Leningradi_Edasi_toimetus, lk 206
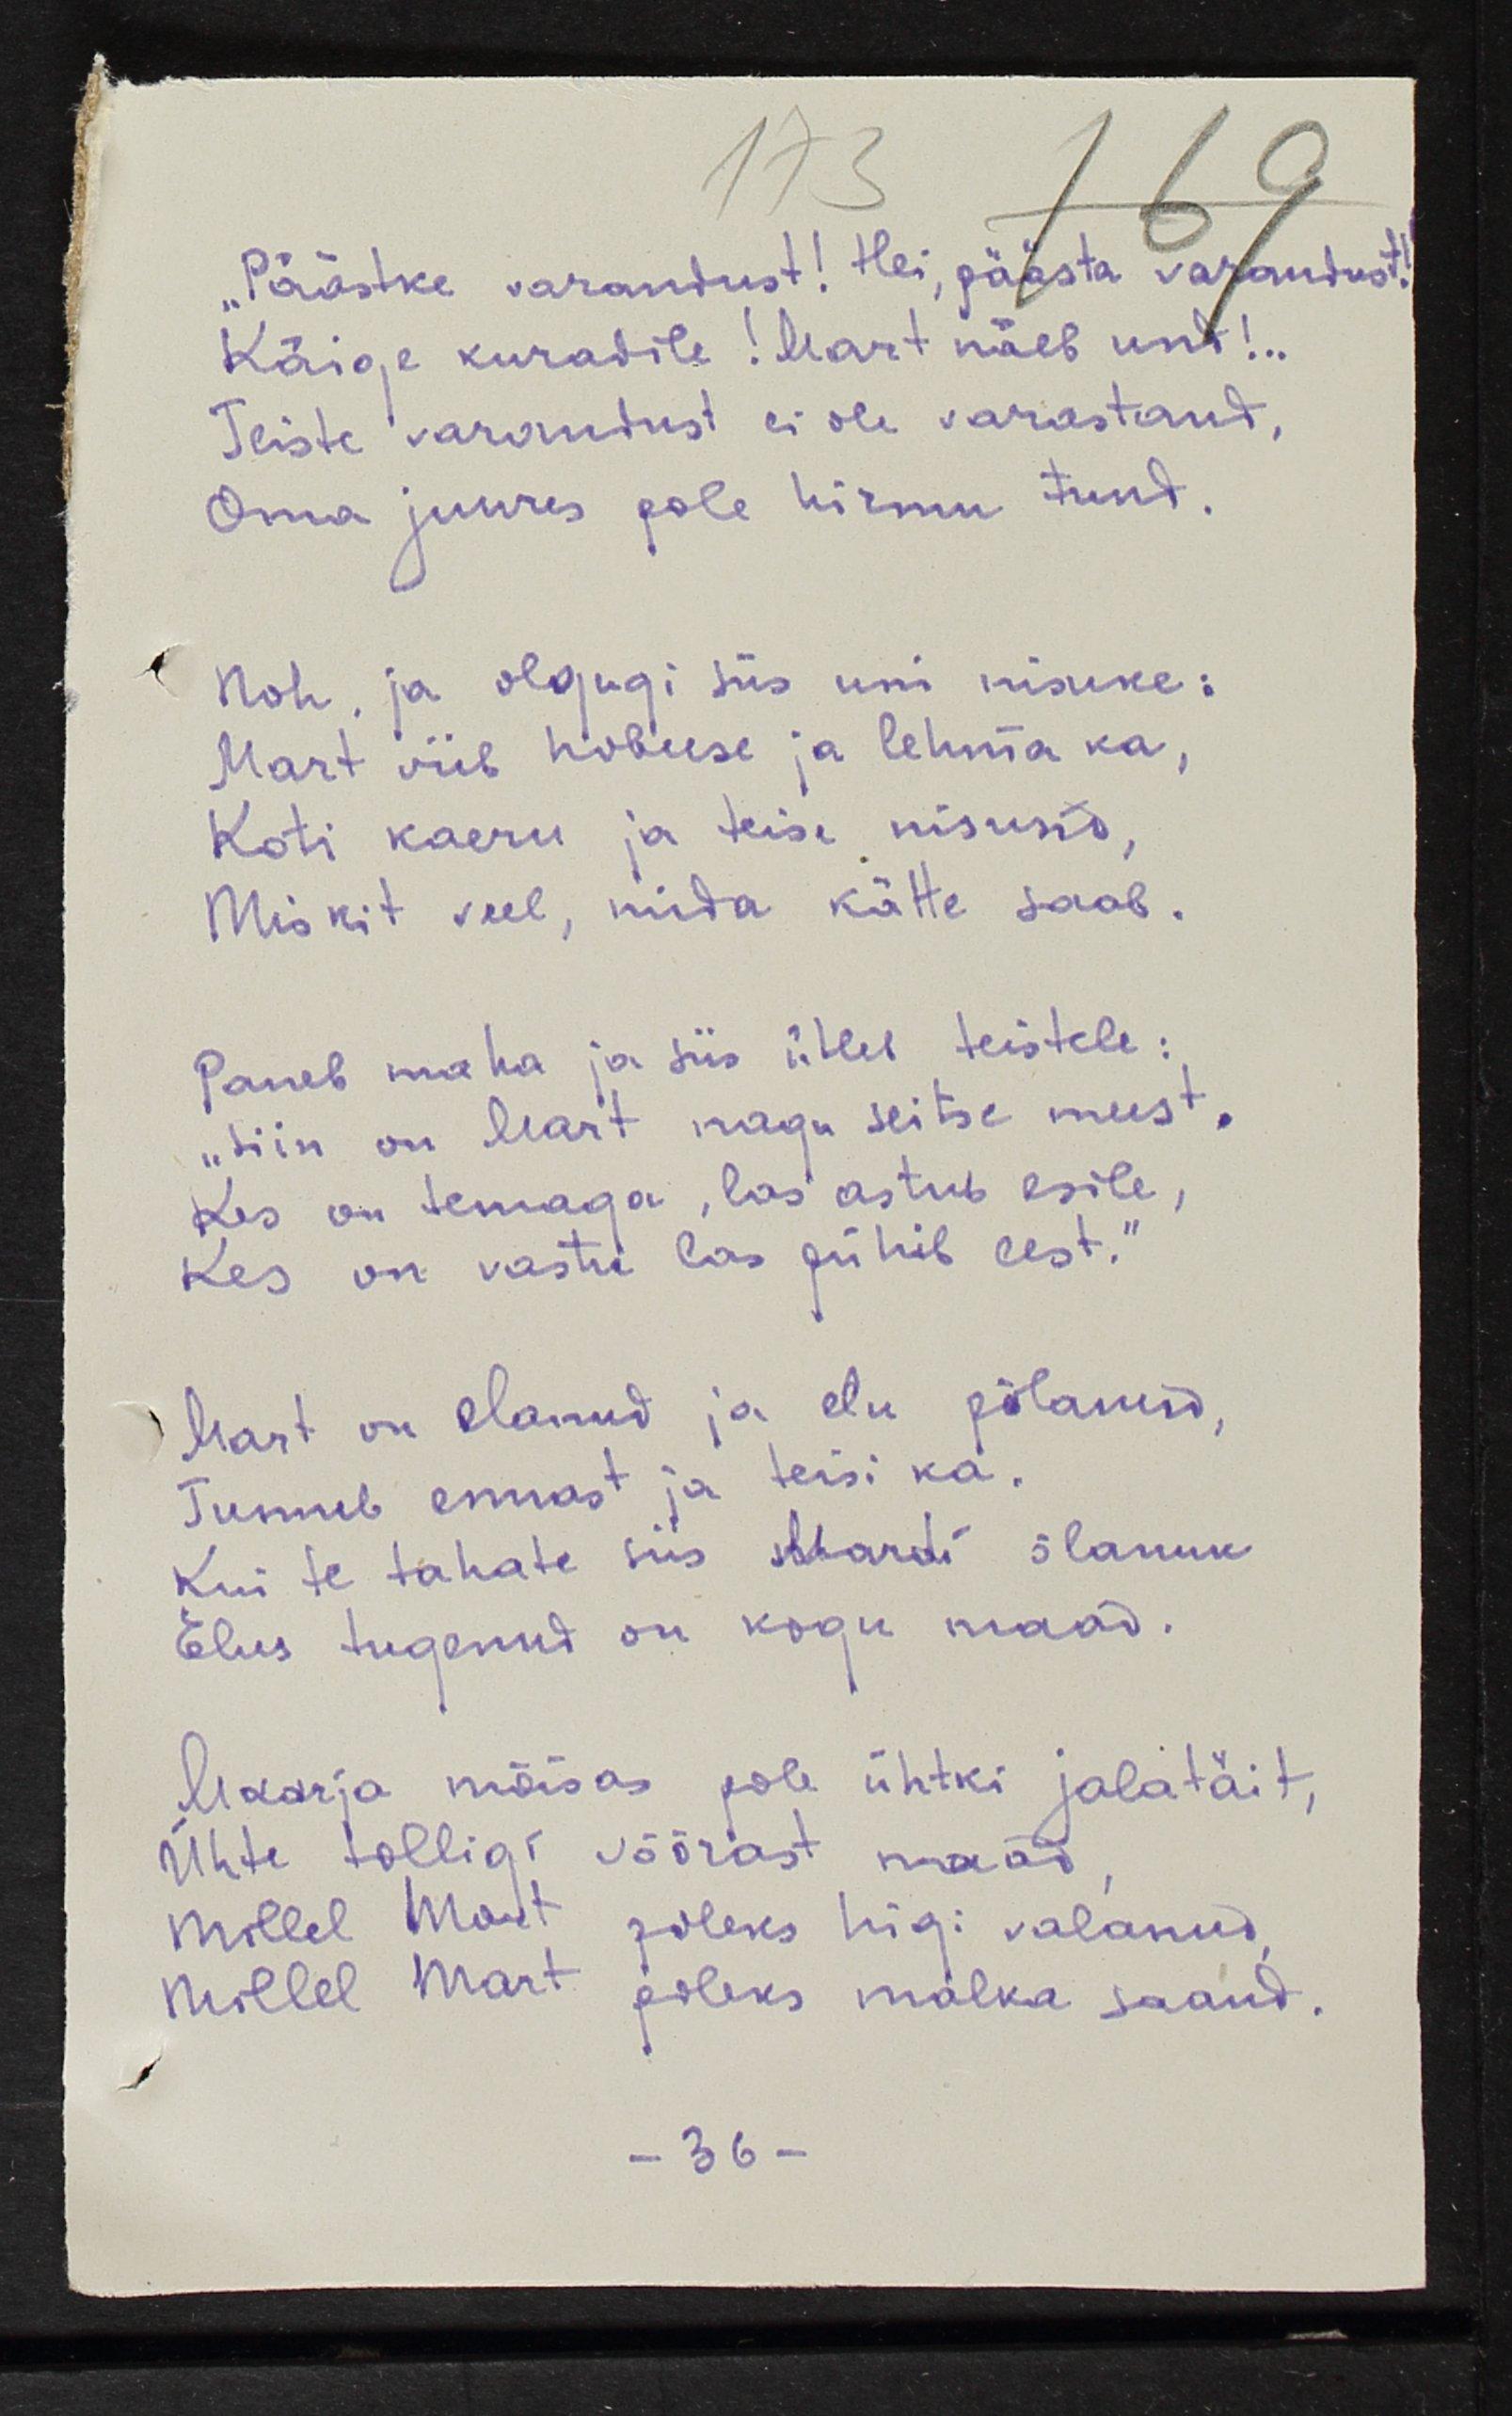
"Päästke varandust! Hei, päästa varandust;
Käige kuradile! Mart näeb und!..
Teiste varandust ei ole varastand,
Oma juures pole hirmu tund.
Noh, ja olgugi siis uni nisuke:
Mart viib hobuse ja lehma ka,
Koti kaeru ja teise nisusid,
Miskit veel, mida kätte saab.
Paneb maha ja siis ütleb teistele:
"Siin on Mart nagu seitse must.
Kes on temaga, las astub esile,
Kes on vastu las pühib eest."
Mart on elanud ja elu põlanud,
Tunneb ennast ja teisi ka.
Kui te tahate siis Mardi õlanuk
Elus tugenud on kogu maad.
Maarja mõisas pole ühtki jalatäit,
Ühte tolligi võõrast maad,
Millel Mart poleks higi valanud,
Millel Mart poleks malka saand.